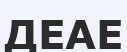
ДЕАЕ